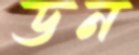
ডন